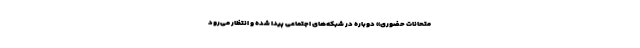
متحانات حضوری» دوباره در شبکه‌های اجتماعی پیدا شده و انتظار می‌رود